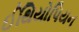
ઈથિયોપિયન